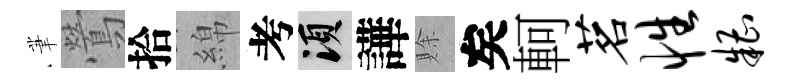
茟鶯拾綿考須譁賖矣軻茗性糟